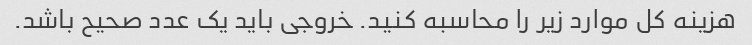
هزینه کل موارد زیر را محاسبه کنید. خروجی باید یک عدد صحیح باشد.